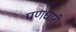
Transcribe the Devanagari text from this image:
पणधारी